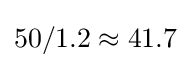
50/1.2\approx 41.7